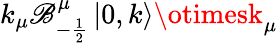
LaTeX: k_{\mu}\mathscr{B}_{-\frac{{1}}{{2}}}^{\mu}\left|0,k\right\rangle\otimesk_{\mu}